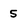
Character: 5